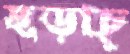
ছড়াচ্